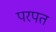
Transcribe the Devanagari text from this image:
परपत